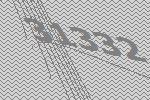
31332